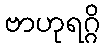
ဗာဟုရဂ္ဂိ